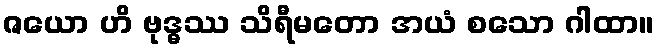
ဇယော ဟိ ဗုဒ္ဓဿ သိရီမတော အယံ စသော ဂါထာ။